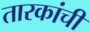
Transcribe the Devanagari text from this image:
तारकांची